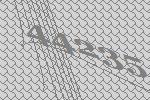
44235